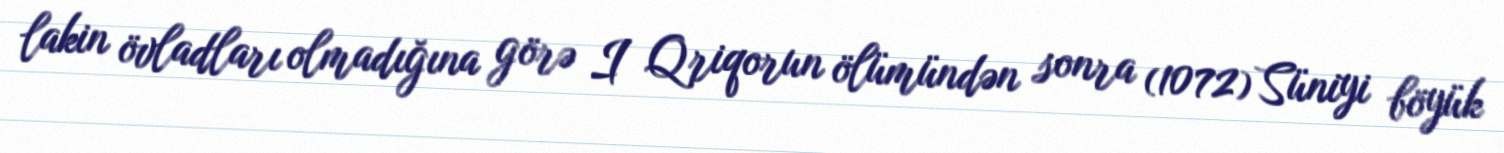
lakin övladları olmadığına görə I Qriqorun ölümündən sonra (1072) Süniyi böyük